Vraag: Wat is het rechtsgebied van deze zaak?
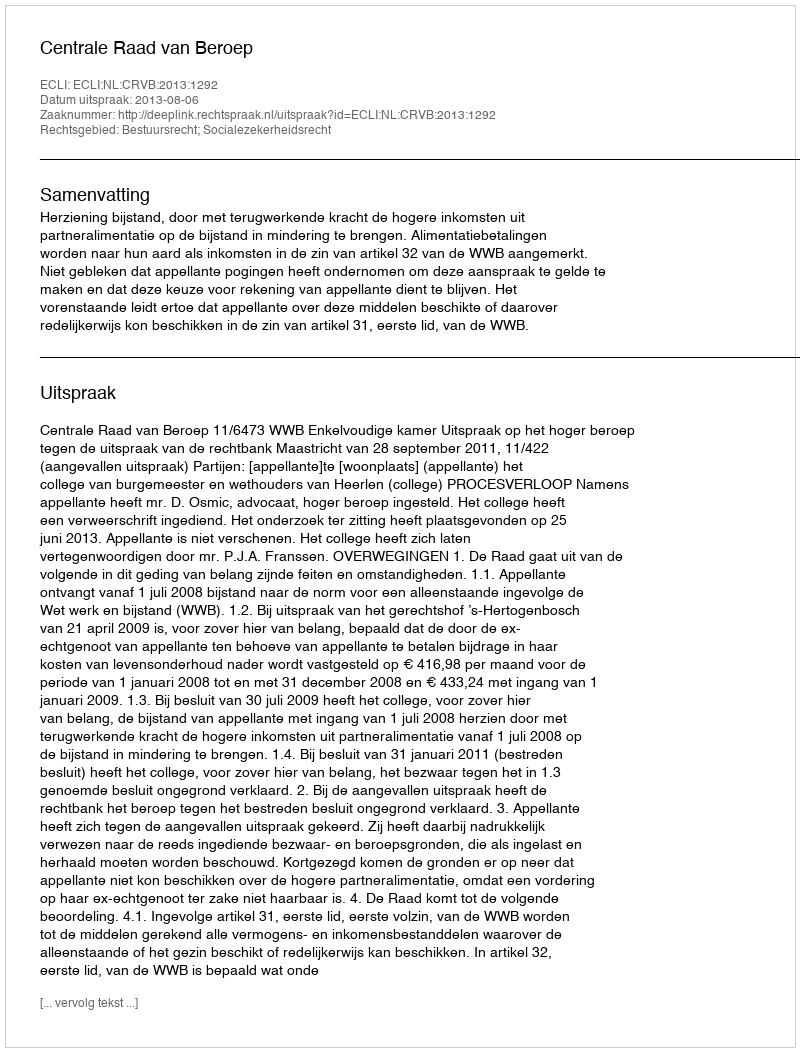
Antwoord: Bestuursrecht; Socialezekerheidsrecht